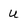
Character: u